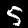
Label: 5